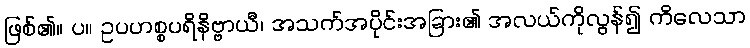
ဖြစ်၏။ ပ။ ဥပဟစ္စပရိနိဗ္ဗာယီ၊ အသက်အပိုင်းအခြား၏ အလယ်ကိုလွန်၍ ကိလေသာ